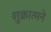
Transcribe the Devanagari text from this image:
शुक्रात्मने